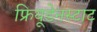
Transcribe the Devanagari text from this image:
फ्रियूडेनस्टाट